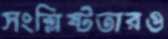
সংশ্লিষ্টতারও